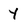
Character: Y